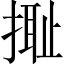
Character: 𢲮